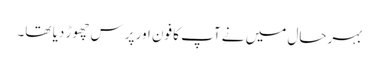
بہرحال میں نے آپ کا فون اور پرس چھوڑ دیا تھا۔